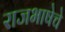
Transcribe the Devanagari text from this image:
राजभाषेचे